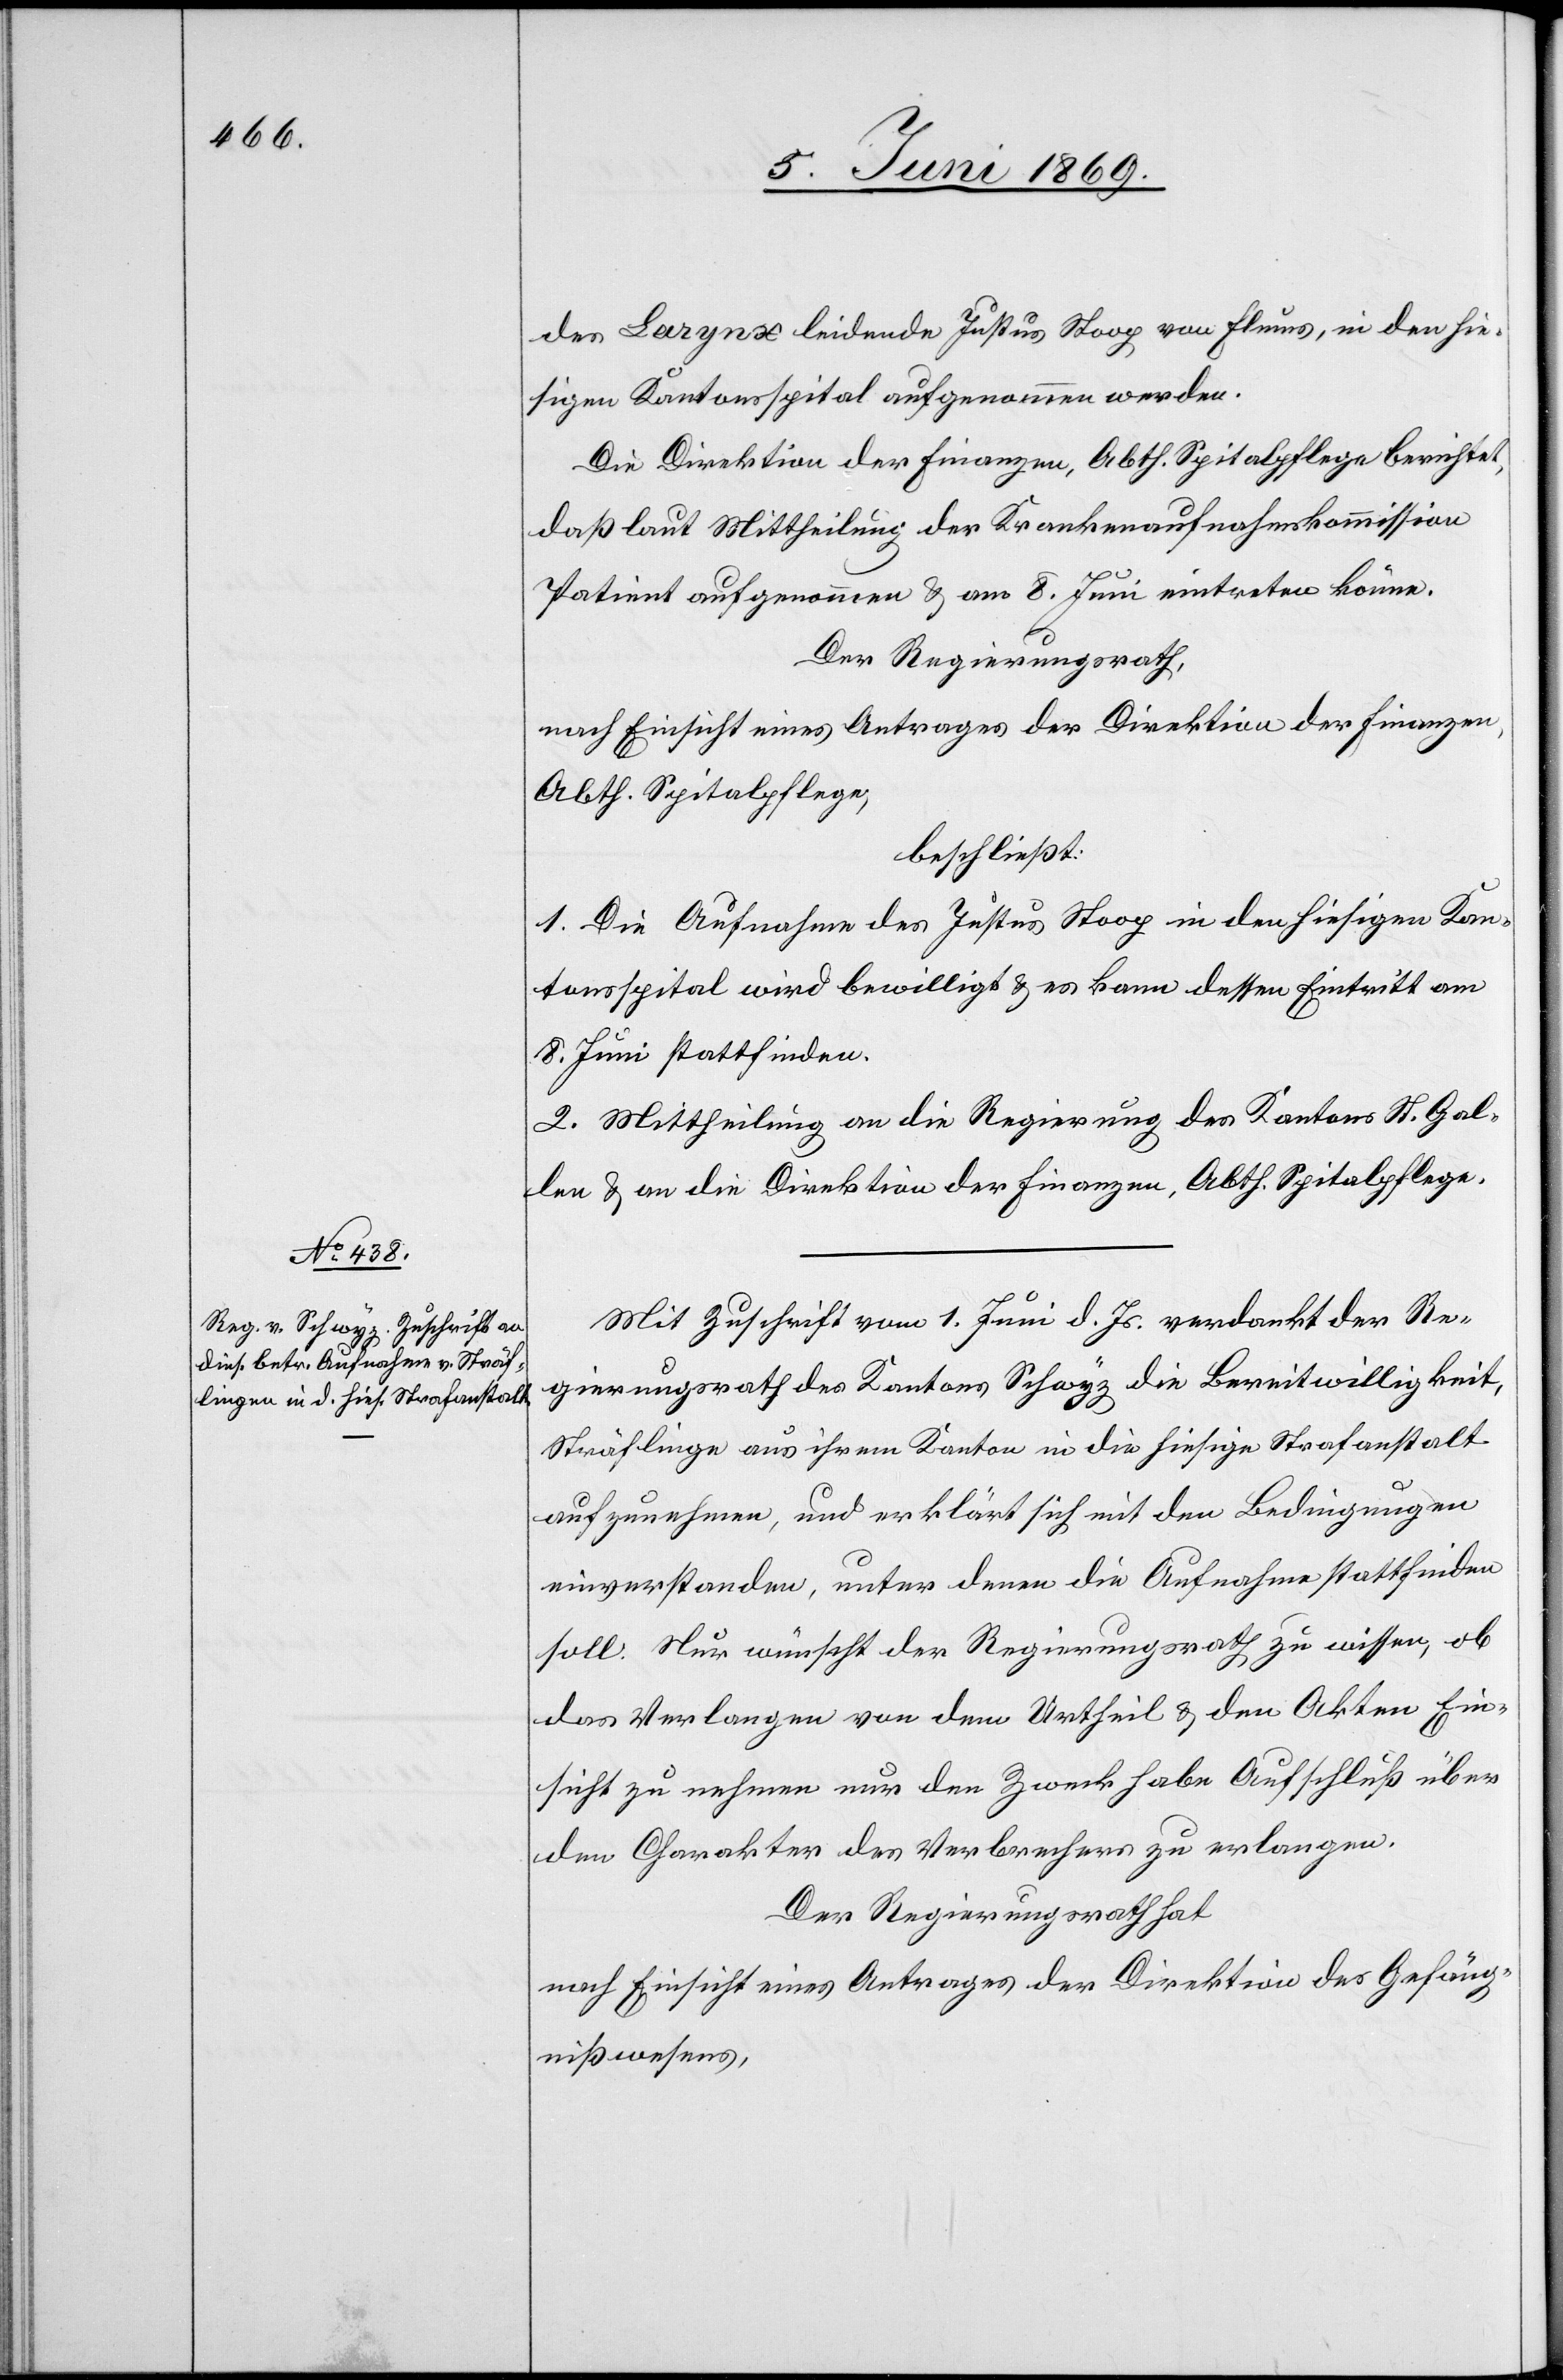
des Larynx leidende Justus Stoog von Flums, in den hie¬
sigen Kantonsspital aufgenommen werde.
Die Direktion der Finanzen, Abth. Spitalpflege berichtet,
daß laut Mittheilung der Krankenaufnahmskommission
Patient aufgenommen u. am 8. Juni eintreten könne.
Der Regierungsrath,
nach Einsicht eines Antrages der Direktion der Finanzen,
Abth. Spitalpflege,
beschließt:
1. Die Aufnahme des Justus Stoog in den hiesigen Kan¬
tonsspital wird bewilligt u. es kann dessen Eintritt am
8. Juni stattfinden.
2. Mittheilung an die Regierung des Kantons St. Gal¬
len u. an die Direktion der Finanzen, Abth. Spitalpflege.
Mit Zuschrift vom 1 Juni d. Js. verdankt der Re¬
gierungsrath des Kantons Schwyz die Bereitwilligkeit,
Sträflinge aus ihrem Kanton in die hiesige Strafanstalt
aufzunehmen, und erklärt sich mit den Bedingungen
einverstanden, unter denen die Aufnahme stattfinden
soll. Nur wünscht der Regierungsrath zu wissen, ob
das Verlangen von dem Urtheil u. den Akten Ein¬
sicht zu nehmen nur den Zweck habe Aufschluß über
den Charakter des Verbrechens zu erlangen.
Der Regierungsrath hat
nach Einsicht eines Antrages der Direktion des Gefäng¬
nißwesens,